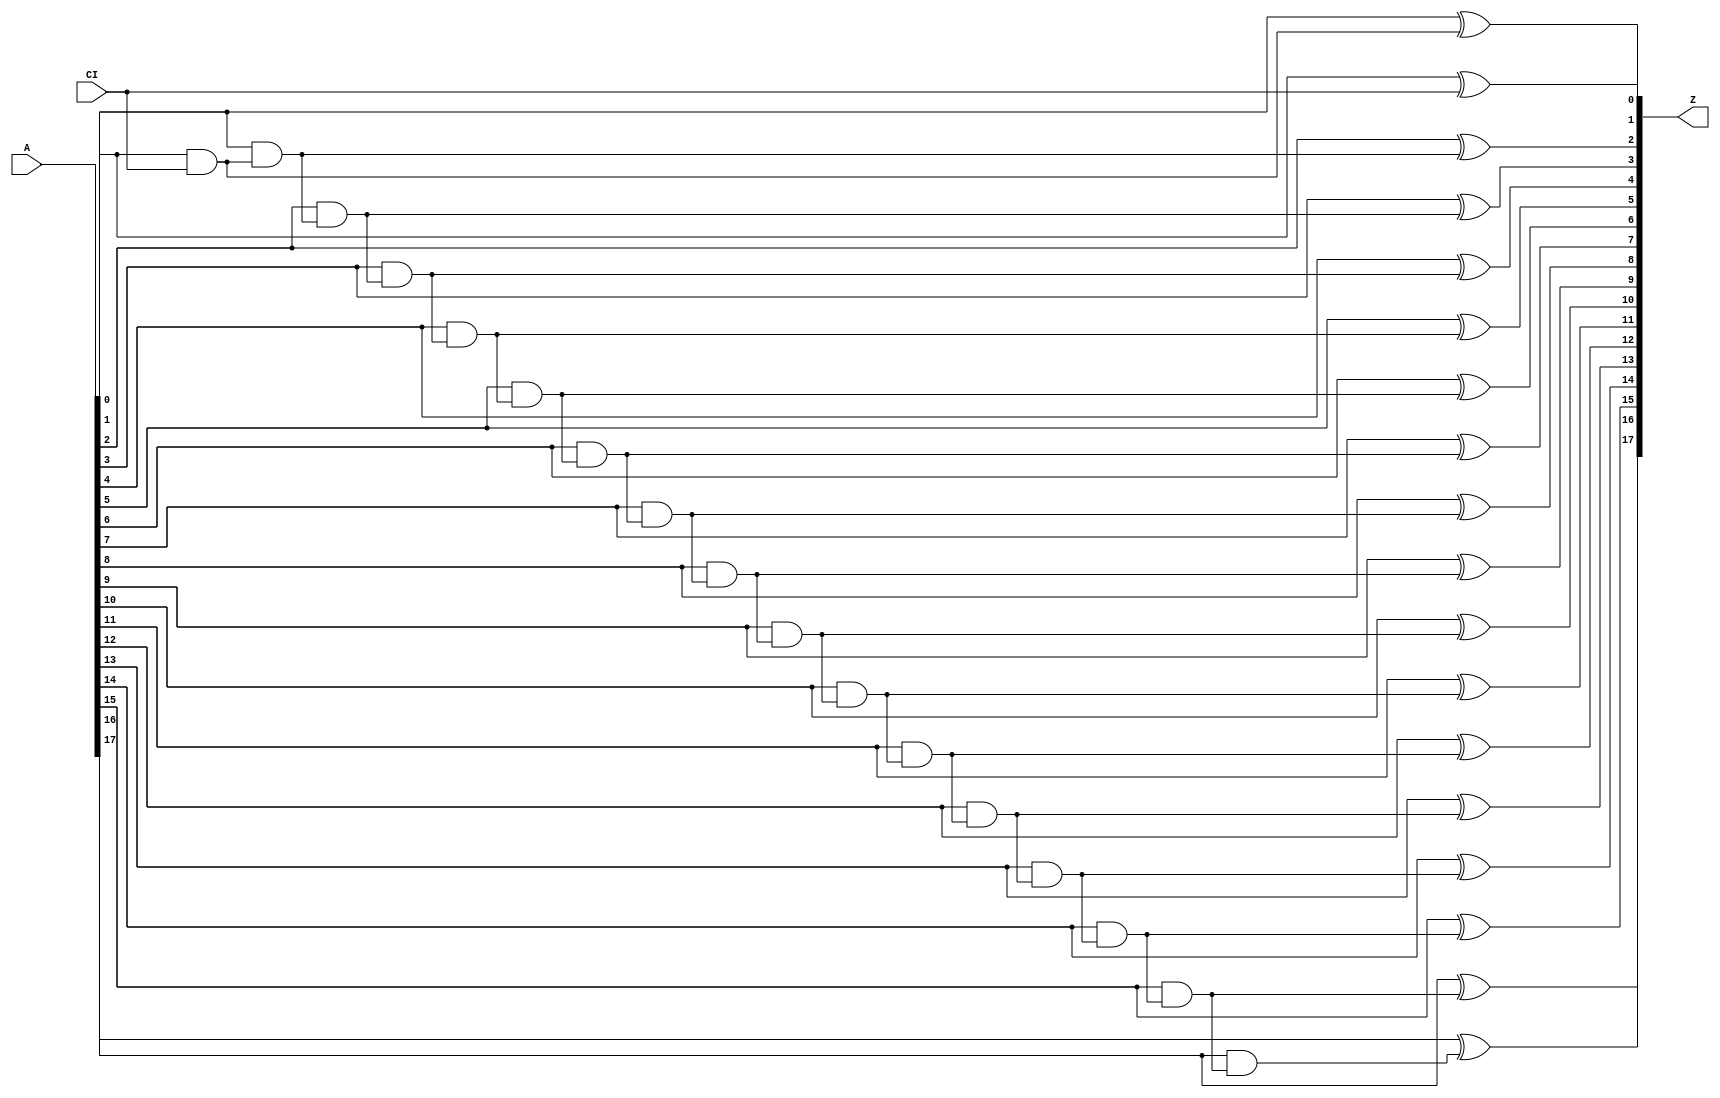
module increment_unsigned_GENERIC_REAL(A, CI, Z);
// synthesis_equation increment_unsigned
  input [17:0] A;
  input CI;
  output [17:0] Z;
  wire [17:0] A;
  wire CI;
  wire [17:0] Z;
  wire n_38, n_39, n_40, n_41, n_42, n_43, n_44, n_45;
  wire n_46, n_47, n_48, n_49, n_50, n_51, n_52, n_53;
  wire n_54;
  xor g1 (Z[0], A[0], CI);
  and g2 (n_38, A[0], CI);
  xor g18 (Z[1], A[1], n_38);
  and g19 (n_39, A[1], n_38);
  xor g20 (Z[2], A[2], n_39);
  and g21 (n_40, A[2], n_39);
  xor g22 (Z[3], A[3], n_40);
  and g23 (n_41, A[3], n_40);
  xor g24 (Z[4], A[4], n_41);
  and g25 (n_42, A[4], n_41);
  xor g26 (Z[5], A[5], n_42);
  and g27 (n_43, A[5], n_42);
  xor g28 (Z[6], A[6], n_43);
  and g29 (n_44, A[6], n_43);
  xor g30 (Z[7], A[7], n_44);
  and g31 (n_45, A[7], n_44);
  xor g32 (Z[8], A[8], n_45);
  and g33 (n_46, A[8], n_45);
  xor g34 (Z[9], A[9], n_46);
  and g35 (n_47, A[9], n_46);
  xor g36 (Z[10], A[10], n_47);
  and g37 (n_48, A[10], n_47);
  xor g38 (Z[11], A[11], n_48);
  and g39 (n_49, A[11], n_48);
  xor g40 (Z[12], A[12], n_49);
  and g41 (n_50, A[12], n_49);
  xor g42 (Z[13], A[13], n_50);
  and g43 (n_51, A[13], n_50);
  xor g44 (Z[14], A[14], n_51);
  and g45 (n_52, A[14], n_51);
  xor g46 (Z[15], A[15], n_52);
  and g47 (n_53, A[15], n_52);
  xor g48 (Z[16], A[16], n_53);
  and g49 (n_54, A[16], n_53);
  xor g50 (Z[17], A[17], n_54);
endmodule

module increment_unsigned_GENERIC(A, CI, Z);
  input [17:0] A;
  input CI;
  output [17:0] Z;
  wire [17:0] A;
  wire CI;
  wire [17:0] Z;
  increment_unsigned_GENERIC_REAL g1(.A (A), .CI (CI), .Z (Z));
endmodule